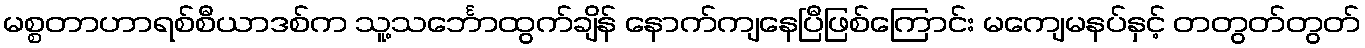
မစ္စတာဟာရစ်စီယာဒစ်က သူ့သင်္ဘောထွက်ချိန် နောက်ကျနေပြီဖြစ်ကြောင်း မကျေမနပ်နှင့် တတွတ်တွတ်